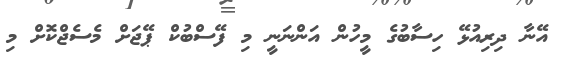
އޭނާ ދިރިއުޅޭ ހިސާބުގެ މީހުން އަންނަނީ މި ފޭސްބުކް ޕޭޖަށް މެސެޖްކޮށް މި